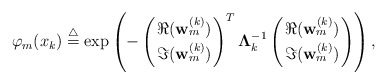
\begin{align*} \varphi_m(x_k) \stackrel{\bigtriangleup}{=} \exp\left( - \left(\Re ({\bf w}_m^{(k)}) \atop \Im({\bf w}_m^{(k)}) \right)^T {\bf \Lambda}_k^{-1} \left(\Re ({\bf w}_m^{(k)}) \atop \Im({\bf w}_m^{(k)}) \right)\right), \end{align*}